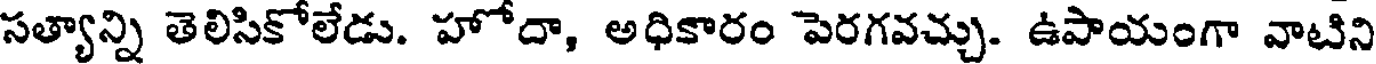
సత్యాన్ని తెలిసికోలేడు. హోదా, అధికారం పెరగవచ్చు. ఉపాయంగా వాటిని